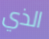
الذي